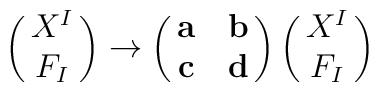
\pmatrix{X^I\cr F_I\cr}\rightarrow \pmatrix{{\bf a}&{\bf b}\cr {\bf c}&{\bf d}\cr}\pmatrix{X^I\cr F_I\cr}